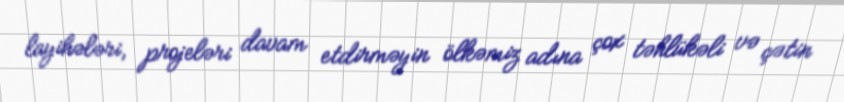
layihələri, projeləri davam etdirməyin ölkəmiz adına çox təhlükəli və çətin